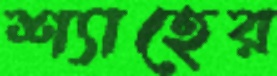
শ্যাহের